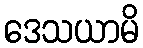
ဒေသယာမိ